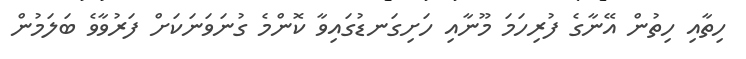
ހިތާއި ހިތުން އޭނާގެ ފުރިހަމަ މޫނާއި ހަށިގަނޑުގައިވާ ކޮންމެ ގުނަވަނަކަށް ފަރުވާވެ ބަލަމުން